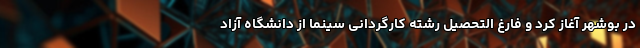
در بوشهر آغاز کرد و فارغ التحصیل رشته کارگردانی سینما از دانشگاه آزاد